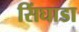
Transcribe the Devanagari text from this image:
सिंघाडा